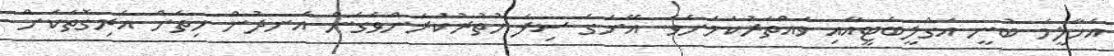
އަހާލީމަ ބުނީ އަގްލީބެޓީއާއި ވައްތަރުކަމަށެވެ. އޭނަގެ ސިފަ ހުތުރުކުރަންވެގެން އަނދުން ހިތަށް އެރިގޮތަކަށް